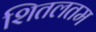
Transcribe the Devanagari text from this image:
शितलतम